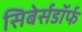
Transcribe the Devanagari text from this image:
सिबेर्सडॉर्फ